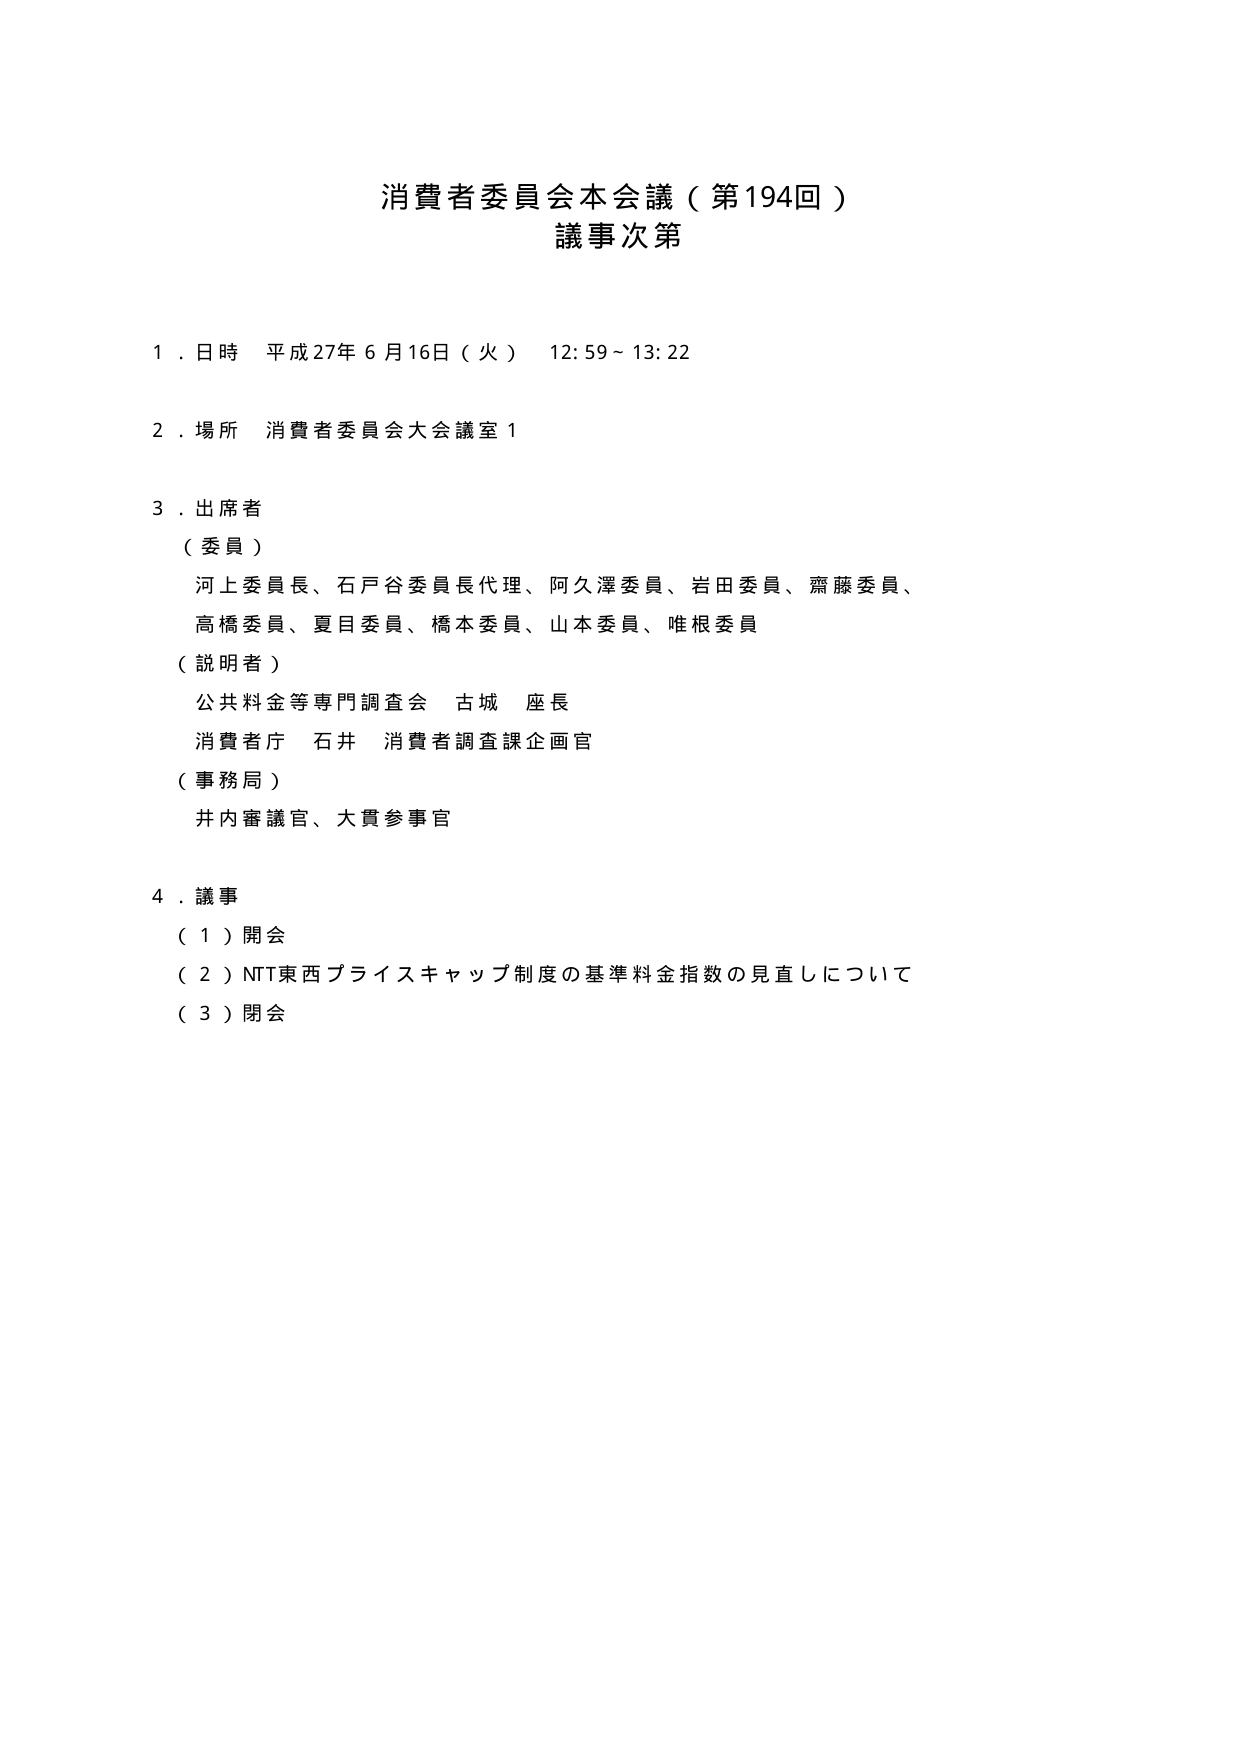
消費者委員会本会議（第194回）
議事次第

１．日時 平成27年６月16日（火） 12:59～13:22

２．場所 消費者委員会大会議室１

３．出席者
（委員）
河上委員長、石戸谷委員長代理、阿久澤委員、岩田委員、齋藤委員、
高橋委員、夏目委員、橋本委員、山本委員、唯根委員
（説明者）
公共料金等専門調査会 古城 座長
消費者庁 石井 消費者調査課企画官
（事務局）
井内審議官、大貫参事官

４．議事
（１）開会
（２）NTT東西プライスキャップ制度の基準料金指数の見直しについて
（３）閉会